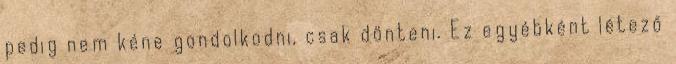
pedig nem kéne gondolkodni, csak dönteni. Ez egyébként létező